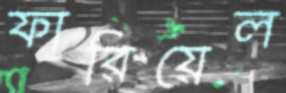
ফারিয়েল